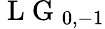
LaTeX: \mathrm{~L~G~}_{0,-1}